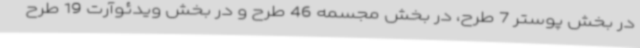
در بخش پوستر 7 طرح، در بخش مجسمه 46 طرح و در بخش ویدئوآرت 19 طرح